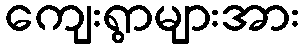
ကျေးရွာများအား